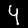
Label: 4